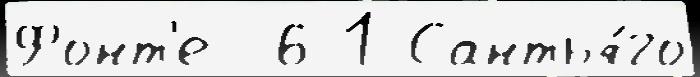
Фонт'е  6-1 Сантья́го